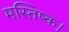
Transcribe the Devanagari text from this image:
मस्तिष्क।